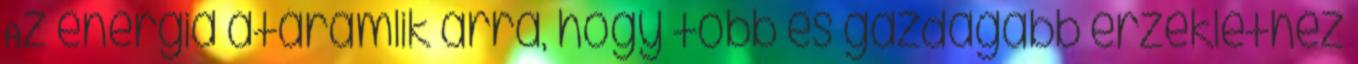
Az energia átáramlik arra, hogy több és gazdagabb érzéklethez